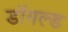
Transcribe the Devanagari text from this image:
डॉगल्ड